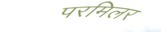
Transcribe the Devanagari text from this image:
परमिलर